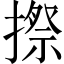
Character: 摖